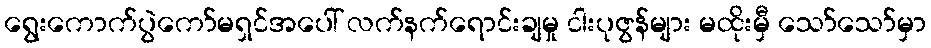
ရွေးကောက်ပွဲကော်မရှင်အပေါ် လက်နက်ရောင်းချမှု ငါးပုဇွန်များ မထိုးမှီ သော်သော်မှာ